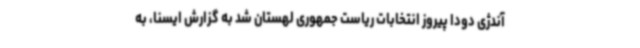
آندژی دودا پیروز انتخابات ریاست جمهوری لهستان شد به گزارش ایسنا، به